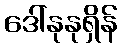
ဒေါ်နုနုရှိန်